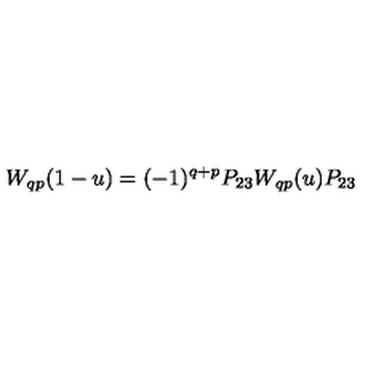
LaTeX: W _ { q p } ( 1 - u ) = ( - 1 ) ^ { q + p } P _ { 2 3 } W _ { q p } ( u ) P _ { 2 3 }